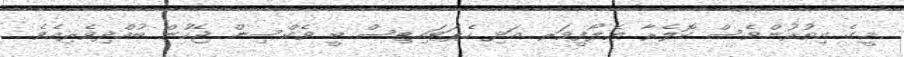
މީގެ އިތުރުންވެސް ކޮލެރާ ޔެލޯފީވަރ އަދި ހެޕަޓައިޓިސް ބީ ވެކްސިން ޖެހުން ބުއްދިވެރިއެވެ.